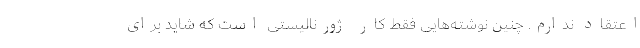
اعتقاد ندارم. چنین نوشته‌هایی فقط کار ژورنالیستی است که شاید برای